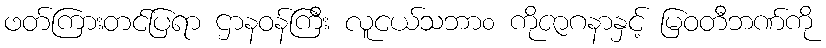
ဖတ်ကြားတင်ပြရာ ဌာနဝန်ကြီး လူငယ်သဘာ၀ ကိုဇာဂနာနှင့် မြဝတီဘဏ်ကို